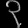
Digit: ၃